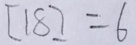
[ 1 8 ] = 6